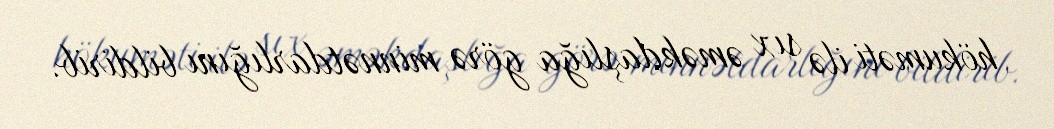
hökuməti ilə sıx əməkdaşlığa görə minnətdarlığını bildirib.